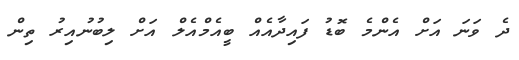
ދެ ވަނަ އަށް އެންމެ ބޮޑު ފައިދާއެއް ބީއެމްއެލް އަށް ލިބުނުއިރު ތިން